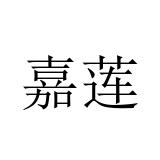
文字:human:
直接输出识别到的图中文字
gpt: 嘉莲